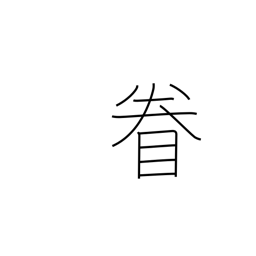
Meaning: look around